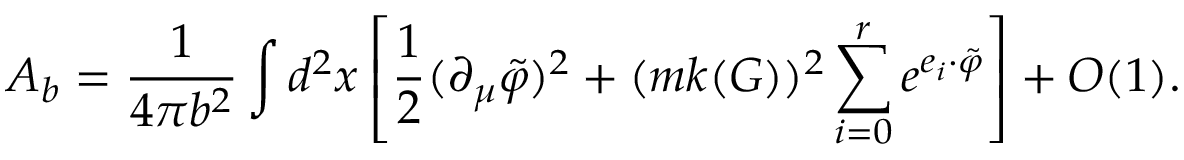
{ \cal A } _ { b } = \frac { 1 } { 4 \pi b ^ { 2 } } \int d ^ { 2 } x \left[ \frac 1 { 2 } ( \partial _ { \mu } \tilde { \varphi } ) ^ { 2 } + ( m k ( G ) ) ^ { 2 } \sum _ { i = 0 } ^ { r } e ^ { e _ { i } \cdot \tilde { \varphi } } \right] + O ( 1 ) .